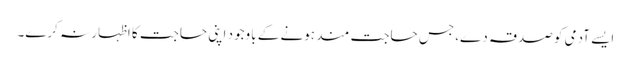
ایسے آدمی کو صدقہ دے، جس حاجت مند ہونے کے باوجود اپنی حاجت کا اظہار نہ کرے۔